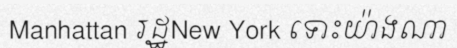
Manhattan រដ្ឋNew York ទោះយ៉ាងណា